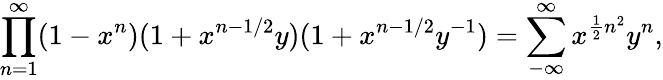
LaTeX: \prod_{n=1}^{\infty}(1-x^{n})(1+x^{n-1/2}y)(1+x^{n-1/2}y^{-1})=\sum_{-\infty}^{\infty}x^{\frac{1}{2}n^{2}}y^{n},